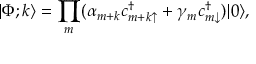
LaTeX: | \Phi ; k \rangle = \prod _ { m } ( \alpha _ { m + k } c _ { { m + k } \uparrow } ^ { \dagger } + \gamma _ { m } c _ { m \downarrow } ^ { \dagger } ) | 0 \rangle ,